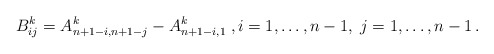
\begin{align*}B_{ij}^k = A_{n + 1 - i,n + 1 - j}^k - A_{n + 1 - i,1}^k \;,i= 1, \ldots ,n - 1,\;j = 1, \ldots ,n - 1\,.\end{align*}